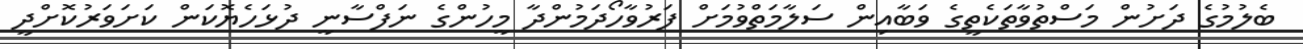
ބެލުމުގެ ދަށުން މަސްތުވާތަކެތީގެ ވަބާއިން ސަލާމަތްވުމަށް ފަރުވާހޯދަމުންދާ މީހުންގެ ނަފްސާނީ ދުޅަހެޔޮކަން ކަށަވަރުކޮށްދީ